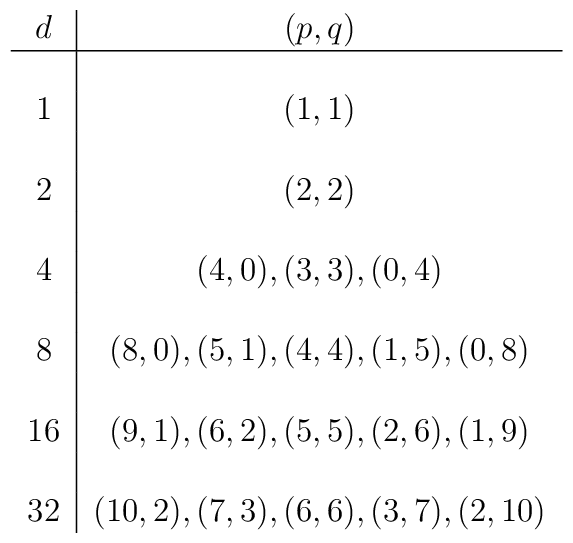
\begin{tabular}{c|c} $ d $  & $(p, q)$ \\\hline $\phantom{+}$&$\phantom{+}$\\ $1$& $(1, 1)$ \\ $\phantom{+}$&$\phantom{+}$\\  $2$ & $(2, 2)$ \\ $\phantom{+}$&$\phantom{+}$\\ $4$  & $(4, 0), (3, 3), (0, 4)$ \\ $\phantom{+}$&$\phantom{+}$\\$8$ & $(8, 0), (5, 1), (4, 4), (1, 5), (0, 8)$ \\$\phantom{+}$&$\phantom{+}$\\$16$ & $(9, 1), (6, 2), (5, 5), (2, 6), (1, 9)$ \\$\phantom{+}$&$\phantom{+}$\\$32$ & $(10, 2), (7, 3), (6, 6), (3, 7), (2, 10)$ \\  \end{tabular}